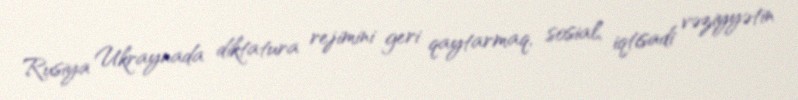
Rusiya Ukraynada diktatura rejimini geri qaytarmaq, sosial, iqtisadi vəziyyətin